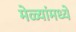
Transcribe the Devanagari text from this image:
मेळ्यांमध्ये